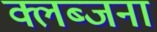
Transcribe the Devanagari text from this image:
क्लब्जना